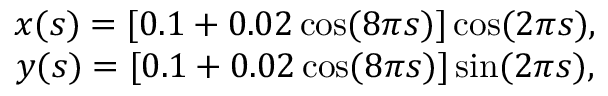
\begin{array} { c } { { { x ( s ) = [ 0 . 1 + 0 . 0 2 \, \mathrm { c o s } ( 8 \pi s ) ] \, \mathrm { c o s } ( 2 \pi s ) , } } } \\ { { { y ( s ) = [ 0 . 1 + 0 . 0 2 \, \mathrm { c o s } ( 8 \pi s ) ] \, \mathrm { s i n } ( 2 \pi s ) , } } } \end{array}